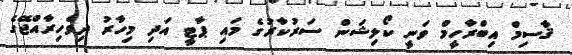
ޤާސިމް އިބްރާހީމް ވަނީ ކޯލިޝަން ސަރުކާރުގެ މައި ޕާޓީ އަދި މިހާރު ދިވެހިރާއްޖޭގެ